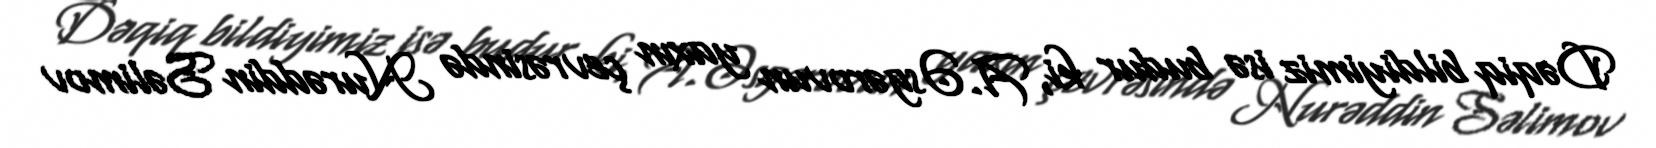
Dəqiq bildiyimiz isə budur ki, A.Əsgərovun yaxın çevrəsində Nurəddin Səlimov